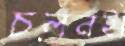
চলনই